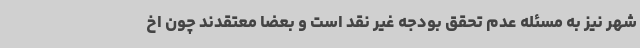
شهر نیز به مسئله عدم تحقق بودجه غیر نقد است و بعضا معتقدند چون اخ